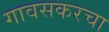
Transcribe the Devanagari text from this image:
गावसकरचा